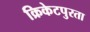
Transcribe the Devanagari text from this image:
क्रिकेटपुरता